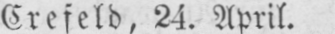
Crefeld, 24. April.